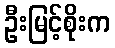
ဦးမြင့်စိုးက